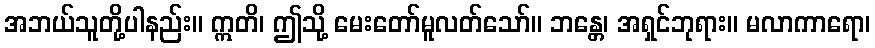
အဘယ်သူတို့ပါနည်း။ ဣတိ၊ ဤသို့ မေးတော်မူလတ်သော်။ ဘန္တေ၊ အရှင်ဘုရား။ မလာကာရော၊